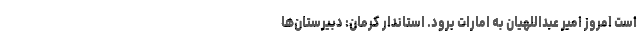
است امروز امیر عبداللهیان به امارات برود. استاندار کرمان: دبیرستان‌ها